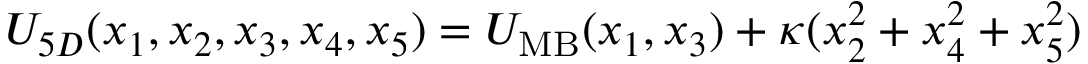
U _ { 5 D } ( x _ { 1 } , x _ { 2 } , x _ { 3 } , x _ { 4 } , x _ { 5 } ) = U _ { \mathrm { M B } } ( x _ { 1 } , x _ { 3 } ) + \kappa ( x _ { 2 } ^ { 2 } + x _ { 4 } ^ { 2 } + x _ { 5 } ^ { 2 } )